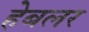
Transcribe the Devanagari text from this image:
हेबलर